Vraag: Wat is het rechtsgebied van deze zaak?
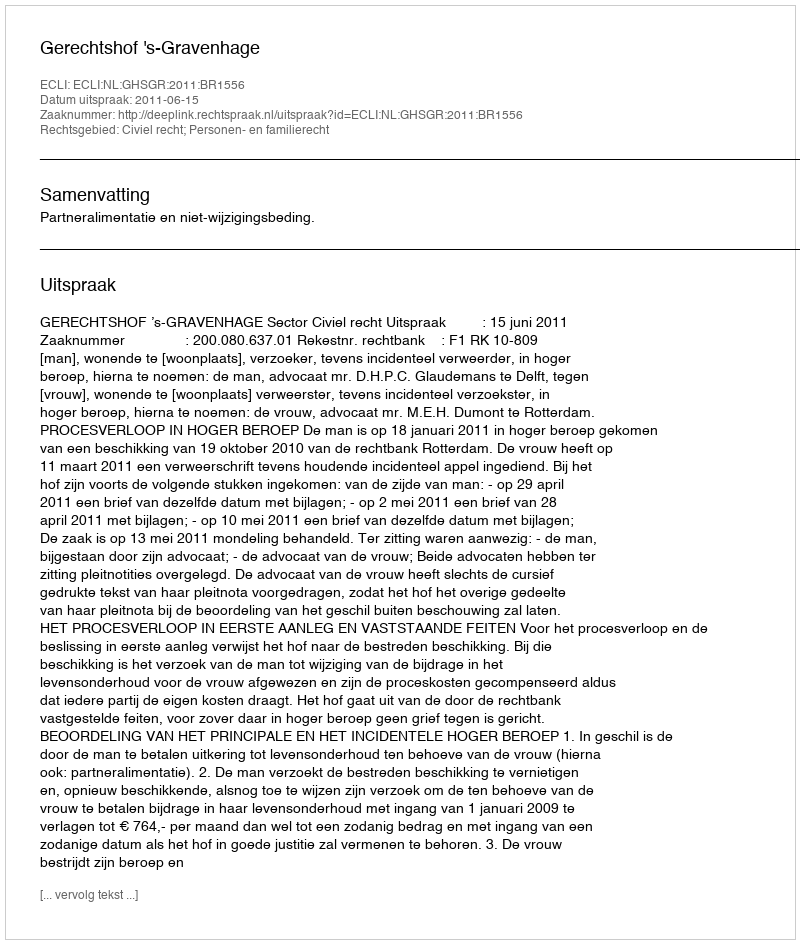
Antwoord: Civiel recht; Personen- en familierecht